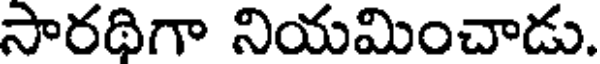
సారథిగా నియమించాడు.